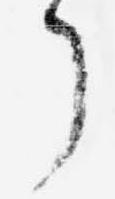
了